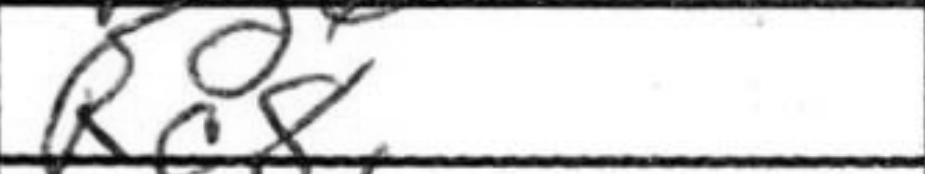
Transcription: Rc8